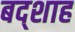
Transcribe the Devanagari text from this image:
बद्शाह